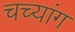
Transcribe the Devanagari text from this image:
चच्यांग